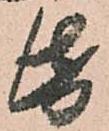
帋